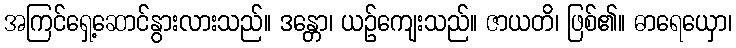
အကြင်ရှေ့ဆောင်နွားလားသည်။ ဒန္တော၊ ယဉ်ကျေးသည်။ ဇာယတိ၊ ဖြစ်၏။ ဓာရေယှော၊